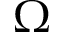
\Omega